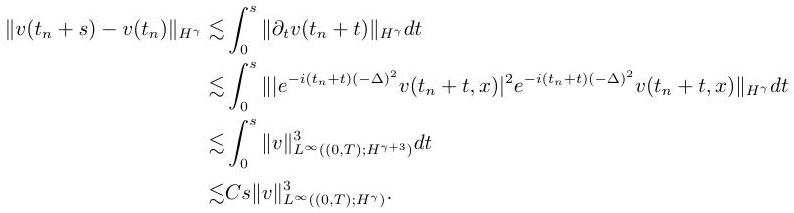
\begin{align*}
\|v(t_n + s) - v(t_n)\|_{H^\gamma} &\lesssim \int_0^s \|\partial_t v(t_n + t)\|_{H^\gamma} dt\\
&\lesssim \int_0^s \left\|\left|e^{-i(t_n + t)(-\Delta)^2} v(t_n + t,x)\right|^2 e^{-i(t_n + t)(-\Delta)^2} v(t_n + t,x)\right\|_{H^\gamma} dt\\
&\lesssim \int_0^s \|v\|_{L^\infty((0,T);H^{\gamma + 3})}^3 dt\\
&\lesssim Cs\|v\|_{L^\infty((0,T);H^\gamma)}^3.
\end{align*}